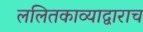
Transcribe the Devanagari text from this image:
ललितकाव्याद्वाराच